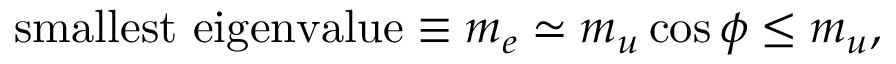
\mathrm { s m a l l e s t \ e i g e n v a l u e } \equiv m _ { e } \simeq m _ { u } \cos \phi \le m _ { u } ,